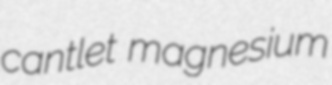
cantlet magnesium